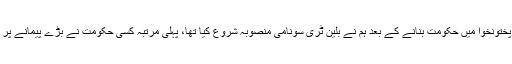
وزیراعظم نے کہا کہ 2013 میں خیبرپختونخوا میں حکومت بنانے کے بعد ہم نے بلین ٹری سونامی منصوبہ شروع کیا تھا، پہلی مرتبہ کسی حکومت نے بڑے پیمانے پر ماحولیاتی تحفظ کے لیے اقدام اٹھایا تھا۔